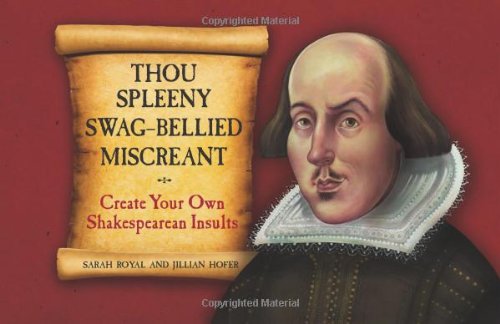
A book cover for Thou Spleeny Swag-Bellied Miscreant: Create Your Own Shakespearean Insults; Sarah Royal; Humor & Entertainment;